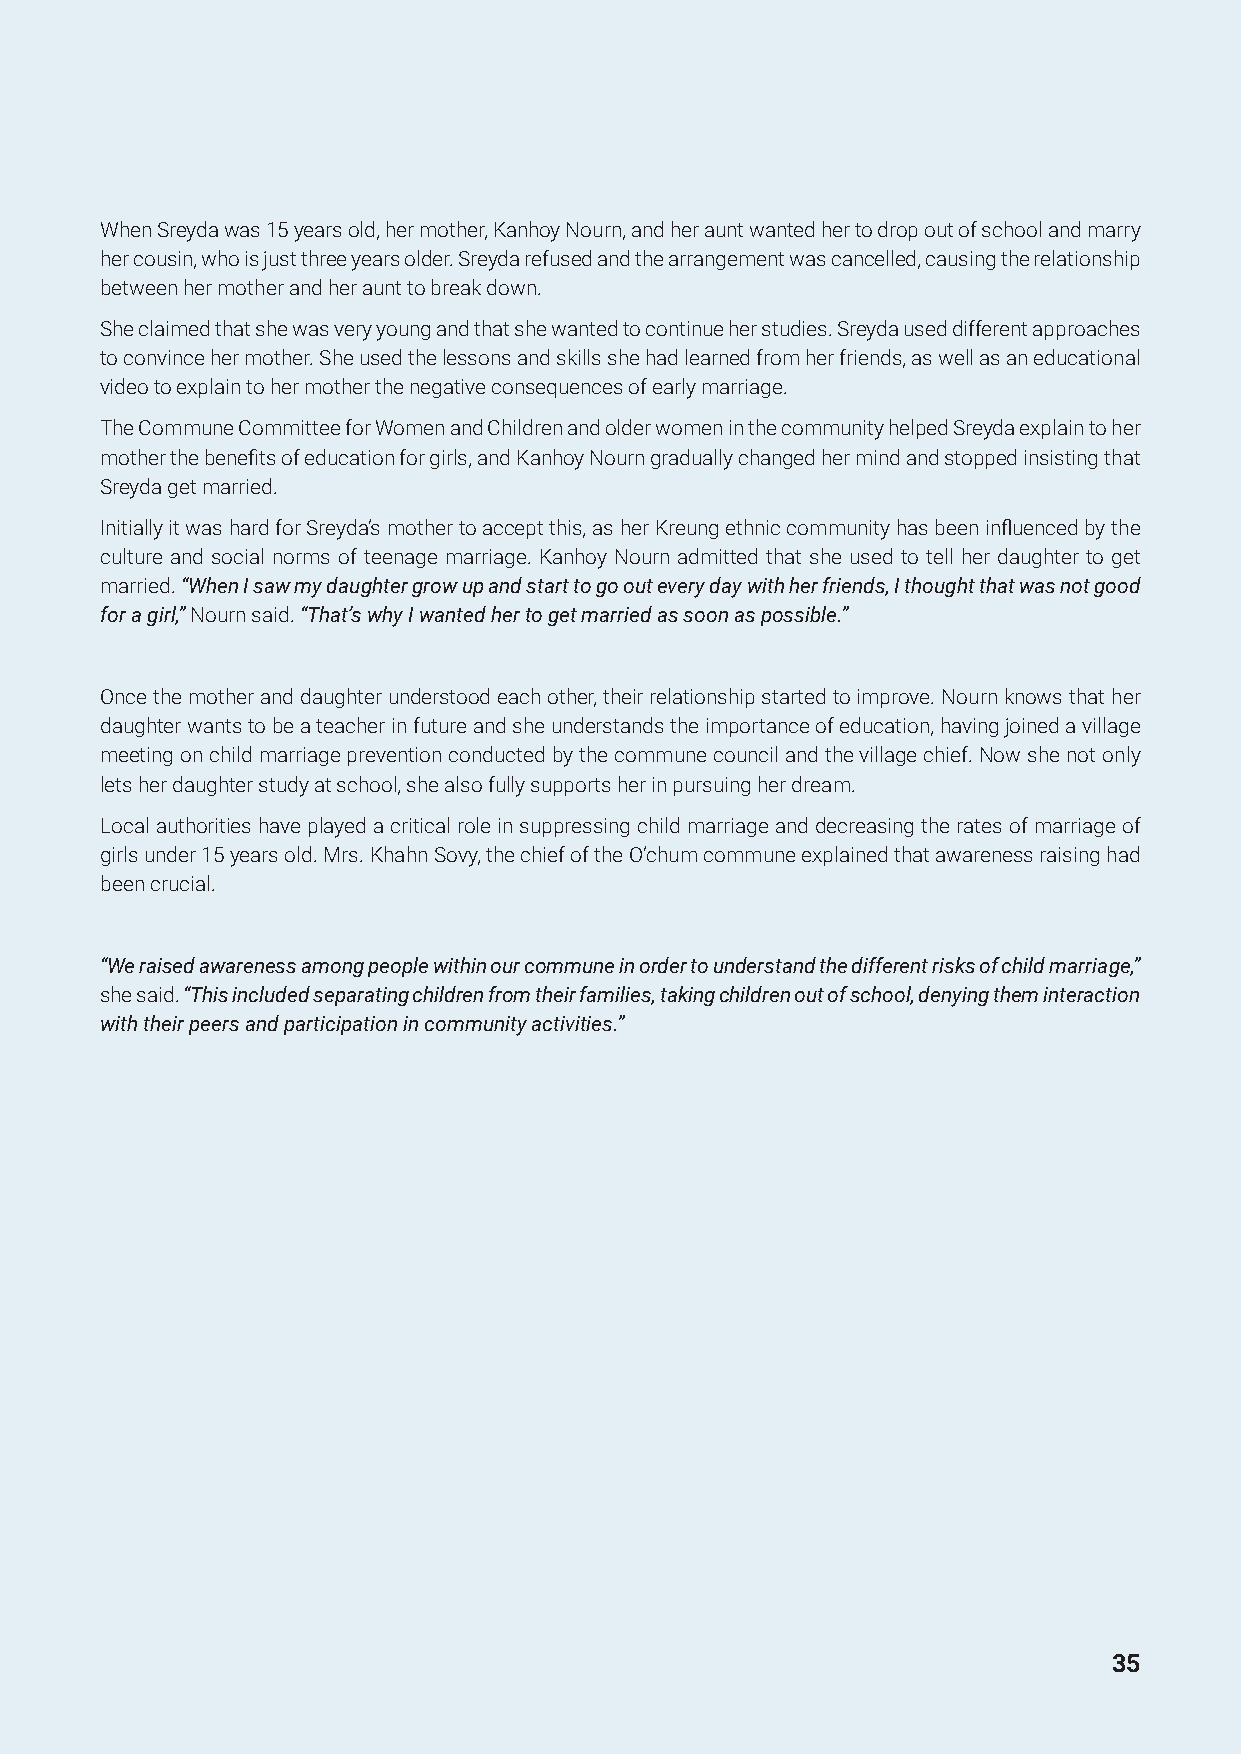
When Sreyda was 15 years old, her mother, Kanhoy Nourn, and her aunt wanted her to drop out of school and marry
 her cousin, who is just three years older. Sreyda refused and the arrangement was cancelled, causing the relationship
 between her mother and her aunt to break down.
 She claimed that she was very young and that she wanted to continue her studies. Sreyda used different approaches
 to convince her mother. She used the lessons and skills she had learned from her friends, as well as an educational
 video to explain to her mother the negative consequences of early marriage.
 The Commune Committee for Women and Children and older women in the community helped Sreyda explain to her
 mother the benefits of education for girls, and Kanhoy Nourn gradually changed her mind and stopped insisting that
 Sreyda get married.
 Initially it was hard for Sreyda’s mother to accept this, as her Kreung ethnic community has been influenced by the
 culture and social norms of teenage marriage. Kanhoy Nourn admitted that she used to tell her daughter to get
 married. “When I saw my daughter grow up and start to go out every day with her friends, I thought that was not good
 for a girl,” Nourn said. “That’s why I wanted her to get married as soon as possible.”
 Once the mother and daughter understood each other, their relationship started to improve. Nourn knows that her
 daughter wants to be a teacher in future and she understands the importance of education, having joined a village
 meeting on child marriage prevention conducted by the commune council and the village chief. Now she not only
 lets her daughter study at school, she also fully supports her in pursuing her dream.
 Local authorities have played a critical role in suppressing child marriage and decreasing the rates of marriage of
 girls under 15 years old. Mrs. Khahn Sovy, the chief of the O’chum commune explained that awareness raising had
 been crucial.
 “We raised awareness among people within our commune in order to understand the different risks of child marriage,”
 she said. “This included separating children from their families, taking children out of school, denying them interaction
 with their peers and participation in community activities.”
 35